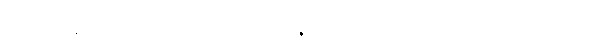
ပရိဟာနိ၊ ဆုတ်ယုတ်ခြင်းကို။ နော ပါဋိကင်္ခါ၊ အလိုမရှိအပ်။ (၁)